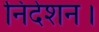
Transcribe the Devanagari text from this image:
निर्देशन।